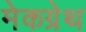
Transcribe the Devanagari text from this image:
मेकग्रेथ